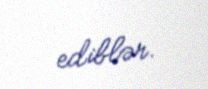
ediblər.